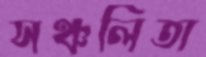
সঞ্চলিতা